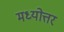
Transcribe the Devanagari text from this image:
मध्योत्तर